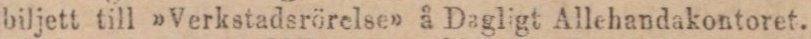
biljett till »Verkstadsrörelse» å Dagligt Allehandakontoret.